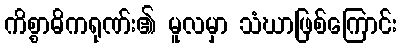
ကိစ္စာဓိကရုဏ်း၏ မူလမှာ သံဃာဖြစ်ကြောင်း